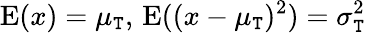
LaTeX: \operatorname{E}(x)=\mu_{\mathtt{T}},\, \operatorname{E}((x-\mu_{\mathtt{T}})^{2})=\sigma_{\mathtt{T}}^{2}